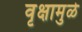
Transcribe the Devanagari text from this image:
वृक्षामुळे